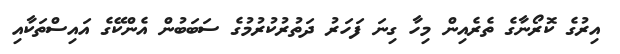
އިރުގެ ކޮރޯނާގެ ތެރެއިން މިހާ ގިނަ ފަހަރު ދަތުރުކުރުމުގެ ސަބަބުން އެންކޭގެ އައިސްތަކާއި